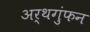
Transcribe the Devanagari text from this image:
अर्थगुंफन